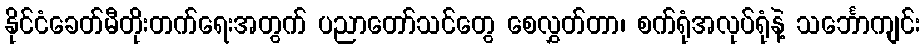
နိုင်ငံခေတ်မီတိုးတက်ရေးအတွက် ပညာတော်သင်တွေ စေလွှတ်တာ၊ စက်ရုံအလုပ်ရုံနဲ့ သင်္ဘောကျင်း